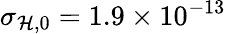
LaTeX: \sigma_{\mathcal{H},0}=1.9\times10^{-13}